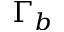
\Gamma _ { b }